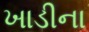
ખાડીના